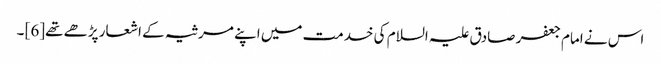
اس نے امام جعفر صادق علیہ السلام کی خدمت میں اپنے مرثیہ کے اشعار پڑھے تھے[6] ۔